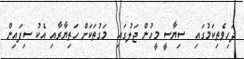
ދަހިވެތިކަމުގައި  ސިޔާސީ މީހުން ޖަލުގައި  މަގުތަކަށް ހަތިޔާރާއި އެކު ސިފައިން